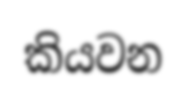
කියවන